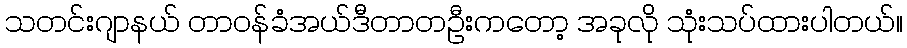
သတင်းဂျာနယ် တာဝန်ခံအယ်ဒီတာတဦးကတော့ အခုလို သုံးသပ်ထားပါတယ်။